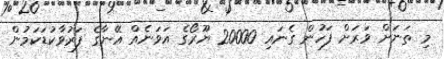
މި ތަނަށް ވަރަށް ފަހުން ގެނައި 20000 ޔޫރޯގެ އަވަނެއް އޭނާގެ ފަރުވާކުޑަކަމުން